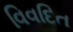
વિવદિત